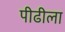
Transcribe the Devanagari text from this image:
पीढीला